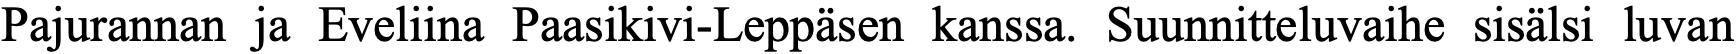
Pajurannan ja Eveliina Paasikivi-Leppäsen kanssa. Suunnitteluvaihe sisälsi luvan